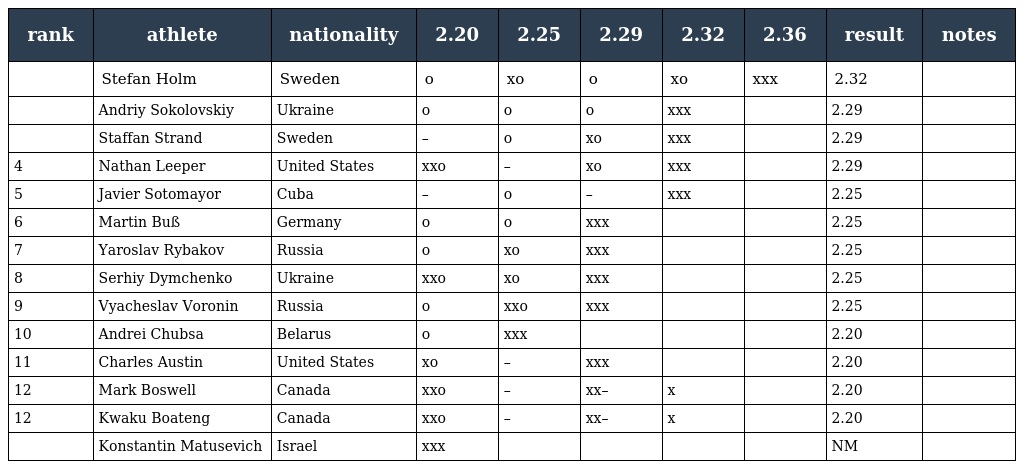
| rank | athlete | nationality | 2.20 | 2.25 | 2.29 | 2.32 | 2.36 | result | notes |
 | --- | --- | --- | --- | --- | --- | --- | --- | --- | --- |
 |  | Stefan Holm | Sweden | o | xo | o | xo | xxx | 2.32 |  |
 |  | Andriy Sokolovskiy | Ukraine | o | o | o | xxx |  | 2.29 |  |
 |  | Staffan Strand | Sweden | – | o | xo | xxx |  | 2.29 |  |
 | 4 | Nathan Leeper | United States | xxo | – | xo | xxx |  | 2.29 |  |
 | 5 | Javier Sotomayor | Cuba | – | o | – | xxx |  | 2.25 |  |
 | 6 | Martin Buß | Germany | o | o | xxx |  |  | 2.25 |  |
 | 7 | Yaroslav Rybakov | Russia | o | xo | xxx |  |  | 2.25 |  |
 | 8 | Serhiy Dymchenko | Ukraine | xxo | xo | xxx |  |  | 2.25 |  |
 | 9 | Vyacheslav Voronin | Russia | o | xxo | xxx |  |  | 2.25 |  |
 | 10 | Andrei Chubsa | Belarus | o | xxx |  |  |  | 2.20 |  |
 | 11 | Charles Austin | United States | xo | – | xxx |  |  | 2.20 |  |
 | 12 | Mark Boswell | Canada | xxo | – | xx– | x |  | 2.20 |  |
 | 12 | Kwaku Boateng | Canada | xxo | – | xx– | x |  | 2.20 |  |
 |  | Konstantin Matusevich | Israel | xxx |  |  |  |  | NM |  |